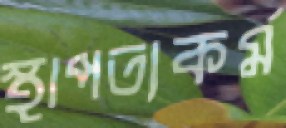
স্থাপত্যকর্ম